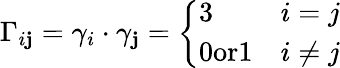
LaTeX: \Gamma_{i\mathbf{j}}=\gamma_{i}\cdot\gamma_{\mathbf{j}}=\left\{ \begin{array}{ll}{{3}}&{{i=j}}\\ {{0\textrm{or}1}}&{{i\ne j}}\end{array}\right.